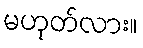
မဟုတ်လား။